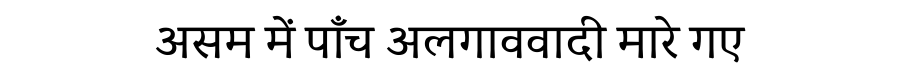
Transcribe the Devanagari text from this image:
असम में पाँच अलगाववादी मारे गए